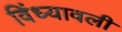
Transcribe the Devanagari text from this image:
विंध्यावली